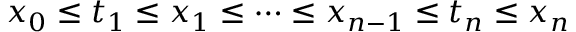
x _ { 0 } \leq t _ { 1 } \leq x _ { 1 } \leq \cdots \leq x _ { n - 1 } \leq t _ { n } \leq x _ { n } \,